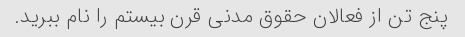
پنج تن از فعالان حقوق مدنی قرن بیستم را نام ببرید.